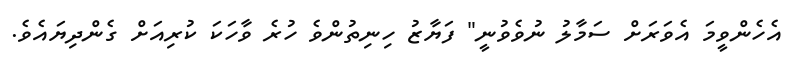
އެހެންވީމަ އެވަރަށް ސަމާލު ނުވެވުނީ" ފަޔާޒު ހިނިތުންވެ ހުރެ ވާހަކަ ކުރިއަށް ގެންދިޔައެވެ.